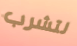
لتشرب